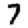
Digit: 7